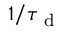
1 / \tau _ { \mathrm { ~ d ~ } }